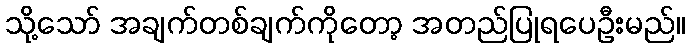
သို့သော် အချက်တစ်ချက်ကိုတော့ အတည်ပြုရပေဦးမည်။